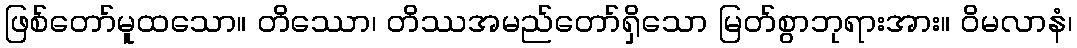
ဖြစ်တော်မူထသော။ တိဿော၊ တိဿအမည်တော်ရှိသော မြတ်စွာဘုရားအား။ ဝိမလာနံ၊